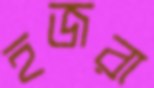
হজরা